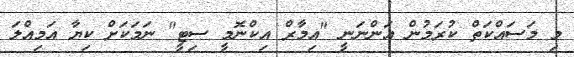
މި މަސައްކަތް ކުރަމުން އަންނަނީ "އިމާރް އިކްނޮމީ ސިޓީ" ނަމަކަށް ކިޔާ އަމިއްލަ